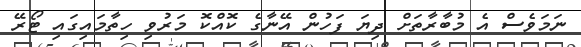
ނަމަވެސް އެ މުބާރާތަށް ދިޔަ ފަހުން އޭނާގެ ކޮއްކޮ މަރުވި ހިތާމައިގައި ޓޯރޭ